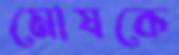
মোষকে